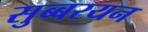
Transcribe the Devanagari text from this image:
सुब्बरयन